Report of the Indian Hemp Drugs Commission, 1894-1895 - Volume I
Year: 1894
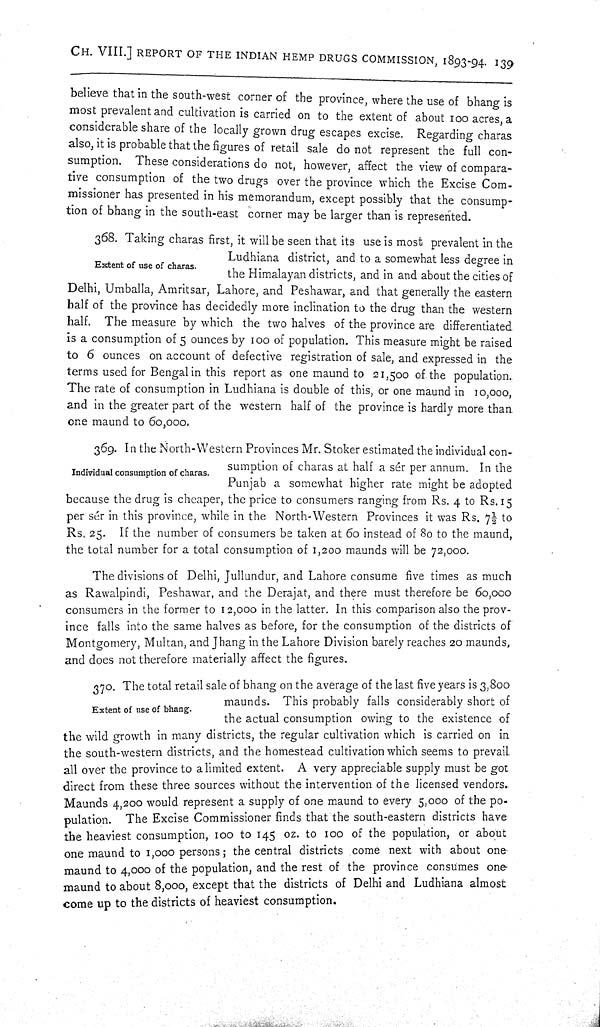
CH. VIII.] REPORT OF THE INDIAN HEMP DRUGS COMMISSION, 1893-94. 139
believe that in the south-west corner of the province, where the use of bhang is
most prevalent and cultivation is carried on to the extent of about 100 acres, a
considerable share of the locally grown drug escapes excise. Regarding charas
also, it is probable that the figures of retail sale do not represent the full con-
sumption. These considerations do not, however, affect the view of compara-
tive consumption of the two drugs over the province which the Excise Com-
missioner has presented in his memorandum, except possibly that the consump-
tion of bhang in the south-east corner may be larger than is represented.
Extent of use of charas.
368. Taking charas first, it will be seen that its use is most prevalent in the
Ludhiana district, and to a somewhat less degree in
the Himalayan districts, and in and about the cities of
Delhi, Umballa, Amritsar, Lahore, and Peshawar, and that generally the eastern
half of the province has decidedly more inclination to the drug than the western
half. The measure by which the two halves of the province are differentiated
is a consumption of 5 ounces by 100 of population. This measure might be raised
to 6 ounces on account of defective registration of sale, and expressed in the
terms used for Bengal in this report as one maund to 21,500 of the population.
The rate of consumption in Ludhiana is double of this, or one maund in 10,000
and in the greater part of the western half of the province is hardly more than
one maund to 60,000.
Individual consumption of charas.
369. In the North-Western Provinces Mr. Stoker estimated the individual con-
sumption of charas at half a sér per annum. In the
Punjab a somewhat higher rate might be adopted
because the drug is cheaper, the price to consumers ranging from Rs. 4 to Rs. 15
per sér in this province, while in the North-Western Provinces it was Rs. 71/2 to
Rs.25. If the number of consumers be taken at 60 instead of 80 to the maund,
the total number for a total consumption of 1,200 maunds will be 72,000.
The divisions of Delhi, Jullundur, and Lahore consume five times as much
as Rawalpindi, Peshawar, and the Derajat, and there must therefore be 60,000
consumers in the former to 12,000 in the latter. In this comparison also the prov-
ince falls into the same halves as before, for the consumption of the districts of
Montgomery, Multan, and Jhang in the Lahore Division barely reaches 20 maunds,
and does not therefore materially affect the figures.
Extent of use of bhang.
370. The total retail sale of bhang on the average of the last five years is 3,800
maunds. This probably falls considerably short of
the actual consumption owing to the existence of
the wild growth in many districts, the regular cultivation which is carried on in
the south-western districts, and the homestead cultivation which seems to prevail
all over the province to a limited extent. A very appreciable supply must be got
direct from these three sources without the intervention of the licensed vendors.
Maunds 4,200 would represent a supply of one maund to every 5,000 of the po-
pulation. The Excise Commissioner finds that the south-eastern districts have
the heaviest consumption, 100 to 145 oz. to 100 of the population, or about
one maund to 1,000 persons; the central districts come next with about one
maund to 4,000 of the population, and the rest of the province consumes one
maund to about 8,000, except that the districts of Delhi and Ludhiana almost
come up to the districts of heaviest consumption.